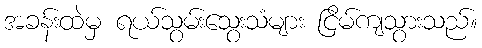
အခန်းထဲမှ ရယ်သွမ်းသွေးသံများ ငြိမ်ကျသွားသည်။